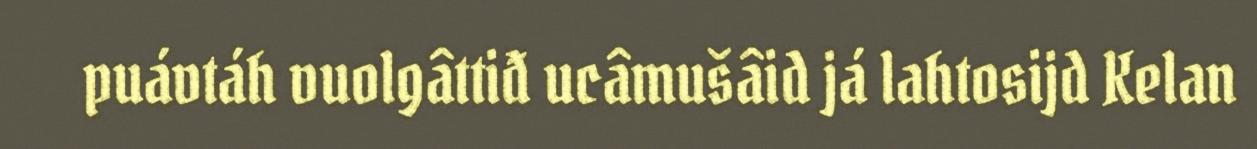
puávtáh vuolgâttiđ ucâmušâid já lahtosijd Kelan